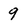
Character: 9